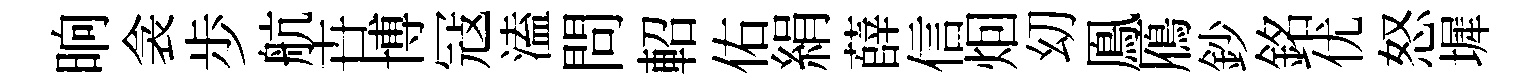
晌衾歩航卋博冦溘問軺佑絹薛信𤇆㓜鳯鴈鈔銘优怒墀